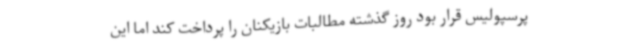
پرسپولیس قرار بود روز گذشته مطالبات بازیکنان را پرداخت کند اما این